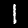
Label: 1